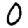
Digit: 0